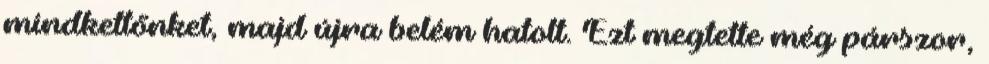
mindkettőnket, majd újra belém hatolt. Ezt megtette még párszor,